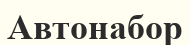
Автонабор